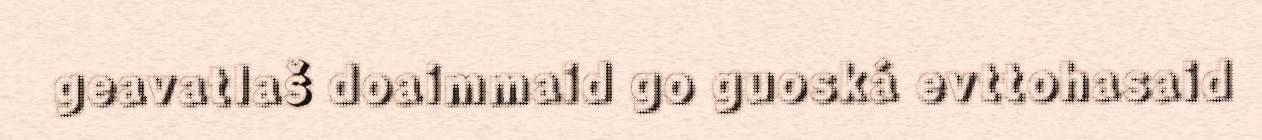
geavatlaš doaimmaid go guoská evttohasaid